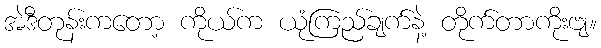
အဲဒီတုန်းကတော့ ကိုယ်က ယုံကြည်ချက်နဲ့ တိုက်တာကိုးဗျ။